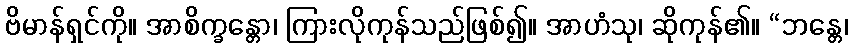
ဗိမာန်ရှင်ကို။ အာစိက္ခန္တော၊ ကြားလိုကုန်သည်ဖြစ်၍။ အာဟံသု၊ ဆိုကုန်၏။ “ဘန္တေ၊